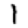
Digit: 1